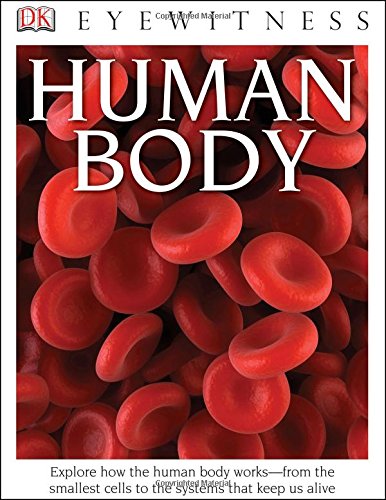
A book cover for DK Eyewitness Books: Human Body; Richard Walker; Children's Books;